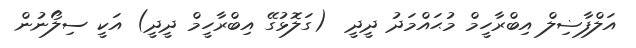
އަލްފާޟިލް އިބްރާހީމް މުޙައްމަދު ދީދީ  (ގަލޮޅުގޭ އިބްރާހީމް ދީދީ) އަކީ ސިލޯނުން